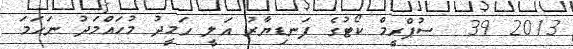
2013 39  ސުޕްރީމް ކޯޓުގެ ފަނޑިޔާރު އަލީ ހަމީދު މުހައްމަދު ނަހަމަ